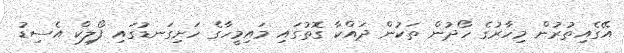
އޭގެއިތުރުން މިހާރުގެ ހޯދުން ތަކުން ދައްކާ ގޮތުގައި މައިމީހާގެ ހަށިގަނޑުގައި ފޯލިކް އެސިޑު